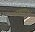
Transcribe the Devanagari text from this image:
अभंगाचा